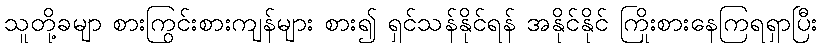
သူတို့ခမျာ စားကြွင်းစားကျန်များ စား၍ ရှင်သန်နိုင်ရန် အနိုင်နိုင် ကြိုးစားနေကြရရှာပြီး